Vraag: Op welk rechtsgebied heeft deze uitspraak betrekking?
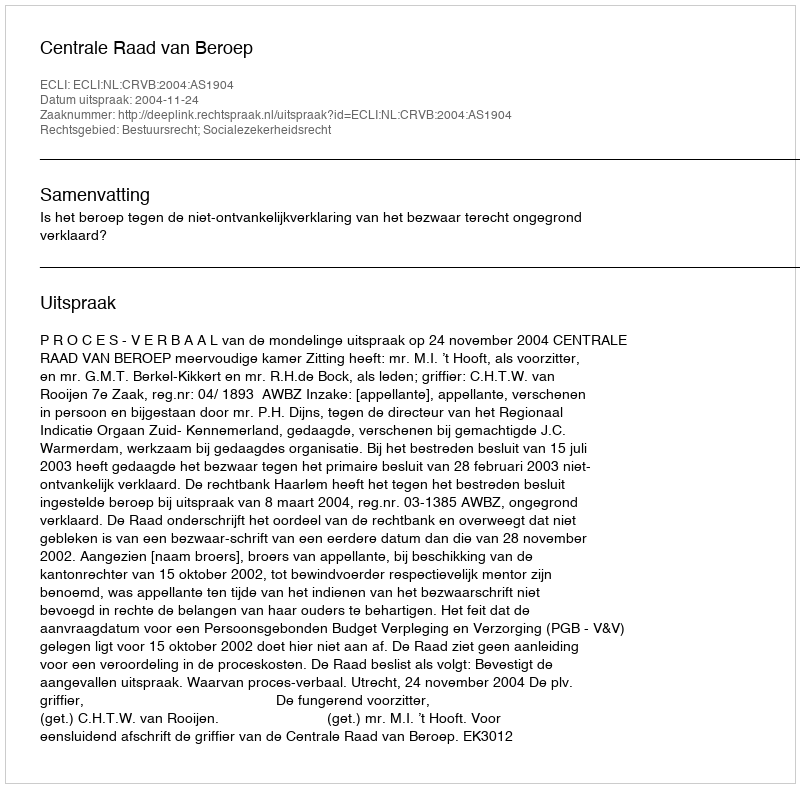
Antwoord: Bestuursrecht; Socialezekerheidsrecht